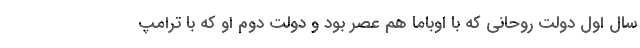
سال اول دولت روحانی که با اوباما هم عصر بود و دولت دوم او که با ترامپ